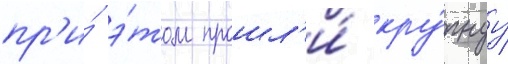
пр'и́ э́том прошл'и́ кру́пнуу